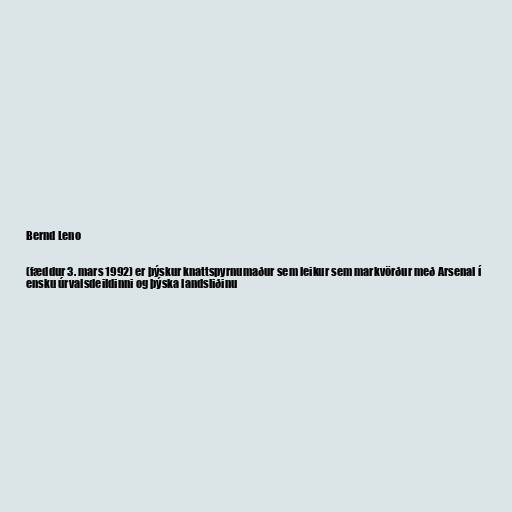
Bernd Leno

(fæddur 3. mars 1992) er þýskur knattspyrnumaður sem leikur sem markvörður með Arsenal í
ensku úrvalsdeildinni og þýska landsliðinu